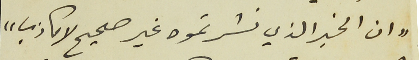
"ان الخبر الذي نشرتموه غير صحيح لا كاذب"